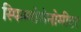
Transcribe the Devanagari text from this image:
स्फिग्मोमेनोमीटर